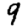
Digit: 9